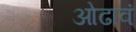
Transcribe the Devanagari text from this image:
ओढावं